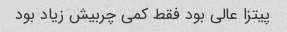
پیتزا عالی بود فقط کمی چربیش زیاد بود